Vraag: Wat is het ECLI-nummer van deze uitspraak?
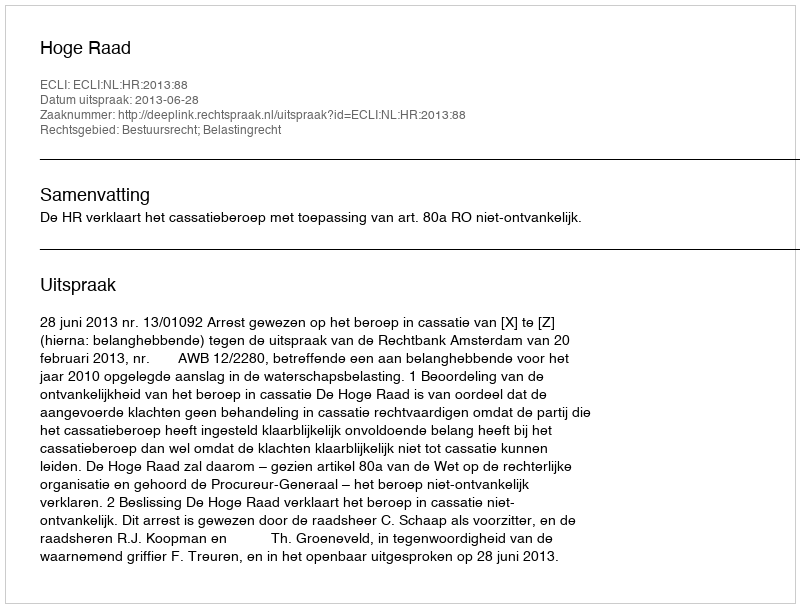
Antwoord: ECLI:NL:HR:2013:88